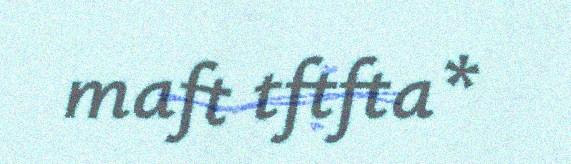
maft tftfta*